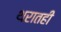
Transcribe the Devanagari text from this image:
थरातही